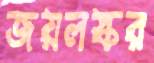
জয়লস্কর